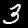
Digit: 3